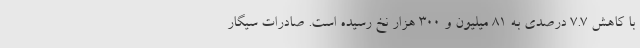
با کاهش ۷.۷ درصدی به ۸۱ میلیون و ۳۰۰ هزار نخ رسیده است. صادرات سیگار